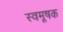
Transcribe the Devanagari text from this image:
स्वमूषक